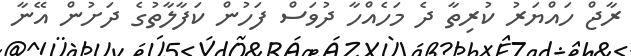
ރާޖް ހައްޔަރު ކުރިތާ ދެ މަހެއްހާ ދުވަސް ފަހުން ކަފާލާތުގެ ދަށުން އޭނާ